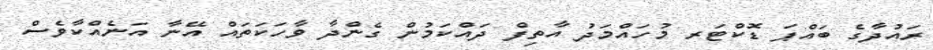
ރައުދާގެ ބައްޕަ ޑޮކްޓަރ މުހައްމަދު އާތިފް ދައްކަމުން ގެންދާ ވާހަކަތައް އޭނާ އަނެއްކާވެސް